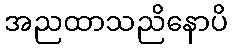
အညထာသညိနောပိ